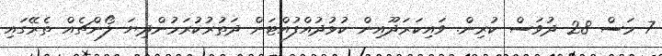
7 މަސް 28 ދުވަސް ކުރިން. ވައިކަރަދޫއިން ކުޅުދުއްފުއްޓަށް ދަތުރުކުރަމުންދިޔަ ލޯންޗެއް ތެރޭގައި